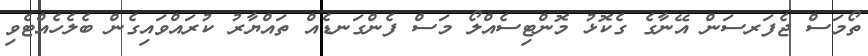
ތޯމަސް ޖެފަރސަން އޭނާގެ ގެކޮޅު މޮންޓިސެއްލޯ މަސް ފެންގަނޑެއް ތައްޔާރު ކުރައްވައިގެން ބެލެހެއްޓެވި